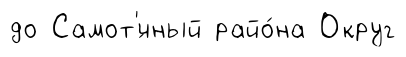
до Самот'́чный райо́на Округ